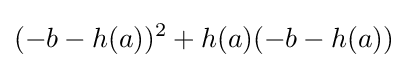
(-b-h(a))^{2}+h(a)(-b-h(a))